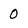
Character: 0